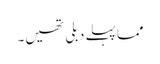
مما پہلے دبلی تھیں۔